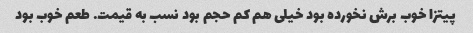
پیتزا خوب برش نخورده بود خیلی هم کم حجم بود نسب به قیمت. طعم خوب بود